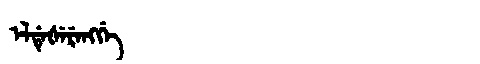
Manchu: ᡝᠯᡩᡝᡧᡝᡵᡝᠩᡤᡝ
Romanization: ELDEŠERENGGE